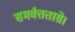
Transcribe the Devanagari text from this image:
समर्वत्तताग्रे।